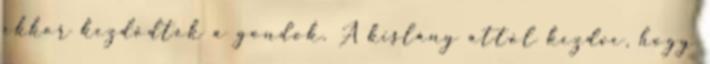
ekkor kezdődtek a gondok. A kislány attól kezdve, hogy